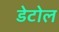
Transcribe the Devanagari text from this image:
डेटोल